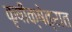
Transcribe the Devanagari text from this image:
कृषीक्षेत्रात